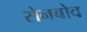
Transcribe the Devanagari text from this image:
सेनबोव